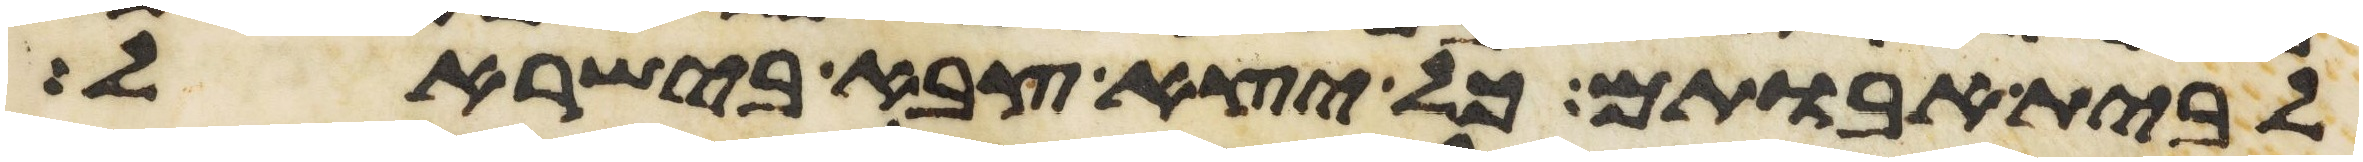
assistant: לבית אבותם כל יצא צבא בישראל